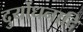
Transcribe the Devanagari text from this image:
दुर्योधनादि